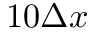
1 0 \Delta x